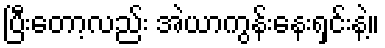
ပြီးတော့လည်း အဲယာကွန်းနေးရှင်းနဲ့။